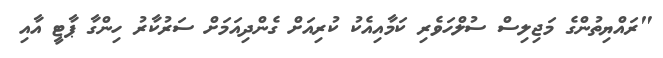
"ރައްޔިތުންގެ މަޖިލިސް ސުލްހަވެރި ކަމާއިއެކު ކުރިއަށް ގެންދިއަމަށް ސަރުކާރު ހިންގާ ޕާޓީ އާއި